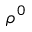
\rho ^ { 0 }